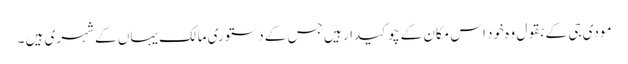
مودی جی کے بقول وہ خود اس مکان کے چوکیدار ہیں جس کے دستوری مالک یہاں کے شہری ہیں ۔